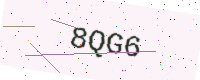
Text: 8QG6